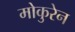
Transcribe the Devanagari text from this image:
मोकुरेन